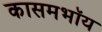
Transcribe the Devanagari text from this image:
कासमभॉय